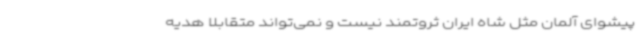
پیشوای آلمان مثل شاه ایران ثروتمند نیست و نمی‌تواند متقابلاً هدیه